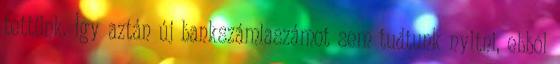
tettünk. Így aztán új bankszámlaszámot sem tudtunk nyitni, ebbõl